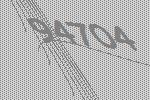
94704